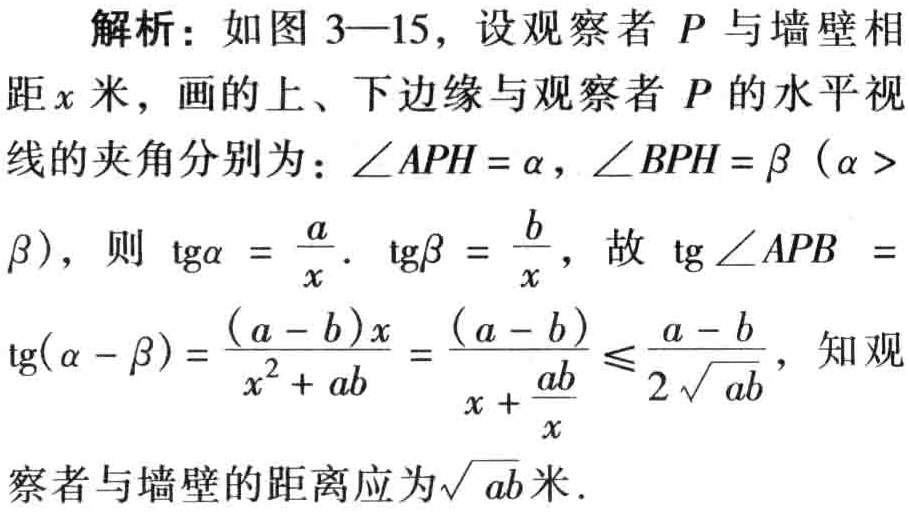
解析：如图 3—15，设观察者 \(P\) 与墙壁相距 \(x\) 米，画的上、下边缘与观察者 \(P\) 的水平视线的夹角分别为：\(\angle APH = \alpha\)，\(\angle BPH = \beta\)（\(\alpha > \beta\)），则 \(\mathrm{tg}\alpha = \frac{a}{x}\)，\(\mathrm{tg}\beta = \frac{b}{x}\)，故 \(\mathrm{tg}\angle APB =\mathrm{tg}(\alpha - \beta)=\frac{(a - b)x}{x^{2}+ ab}=\frac{(a - b)}{x+\frac{ab}{x}}\leqslant\frac{a - b}{2\sqrt{ab}}\)，知观察者与墙壁的距离应为\(\sqrt{ab}\)米。